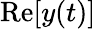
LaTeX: \mathrm{Re}[y(t)]